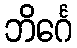
ဘိင်္ဂေ